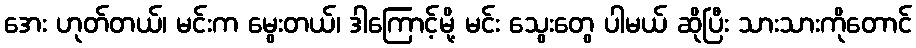
အေး ဟုတ်တယ်၊ မင်းက မွေးတယ်၊ ဒါကြောင့်မို့ မင်း သွေးတွေ ပါမယ် ဆိုပြီး သားသားကိုတောင်